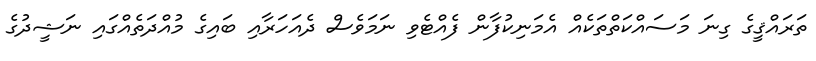
ތަރައްޤީގެ ގިނަ މަސައްކަތްތަކެއް އެމަނިކުފާން ފެއްޓެވި ނަމަވެސް ދެއަހަރާއި ބައިގެ މުއްދަތެއްގައި ނަޝީދުގެ